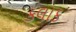
કલાક